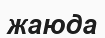
жаюда